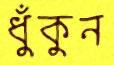
ধুঁকুন